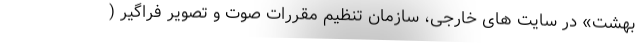
بهشت» در سایت های خارجی، سازمان تنظیم مقررات صوت و تصویر فراگیر (